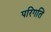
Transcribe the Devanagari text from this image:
परिगति